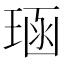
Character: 𪻱